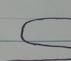
Signature authenticity: forged